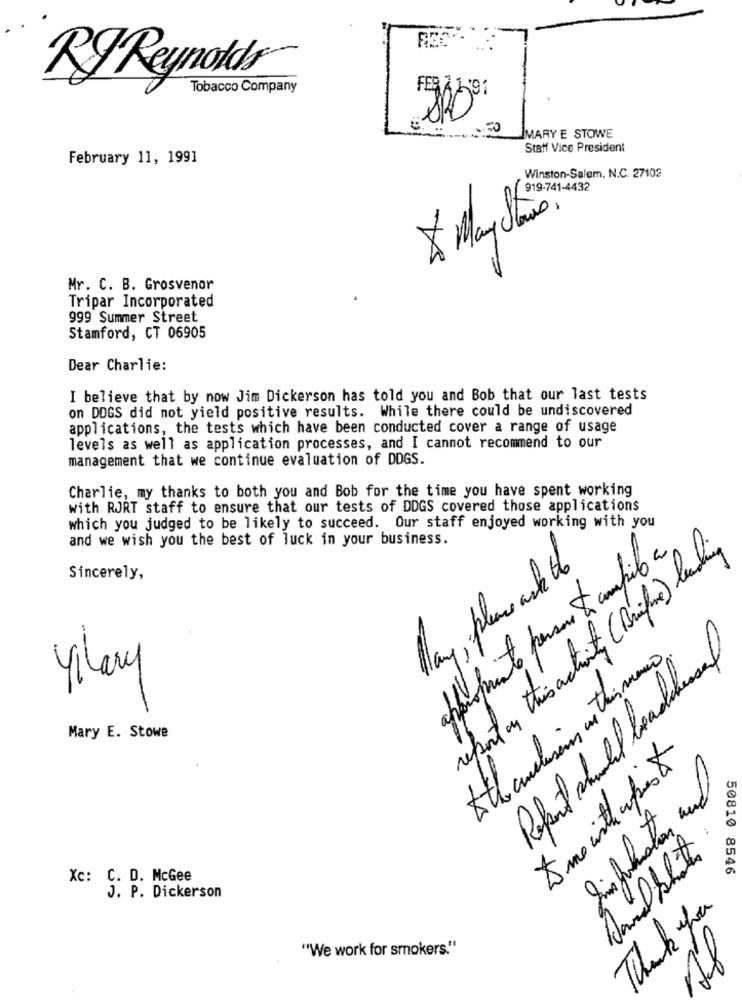
RJ Reynolds
Tobacco Company
MARY E STOWE
Statt Vice President
February 11, 1991
Winston-Salem. N.C. 27102
& May las.
Mr. C. B. Grosvenor
Tripar Incorporated
999 Summer Street
Stamford, CT 06905
Dear Charlie:
I believe that by now Jim Dickerson has told you and Bob that our last tests
on DDGS did not yield positive results. While there could be undiscovered
applications, the tests which have been conducted cover a range of usage
levels as well as application processes, and I cannot recommend to our
management that we continue evaluation of DDGS.
Charlie, my thanks to both you and Bob for the time you have spent working
with RJRT staff to ensure that our tests of DDGS covered those applications
which you judged to be likely to succeed. Our staff enjoyed working with you
and we wish you the best of luck in your business.
Apropriate person to compile a
reportar this activity (Bife) leaching
Mary, please ask the
Sincerely,
Referit should beadchunsal
Athandling in this man .
Mary E. Stowe
Pavel Shots
50810 8546
Xc: C. D. McGee
J. P. Dickerson
Thank you
"We work for smokers."